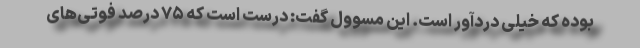
بوده که خیلی دردآور است. این مسوول گفت: درست است که ۷۵ درصد فوتی‌های